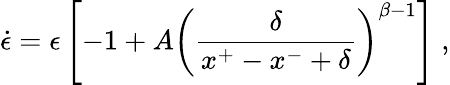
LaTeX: \dot{\epsilon}=\epsilon\left[-1+A\left(\frac{\delta}{x^{+}-x^{-}+\delta}\right)^{\beta-1}\right]\; ,